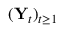
( \mathbf { Y } _ { t } ) _ { t \geq 1 }